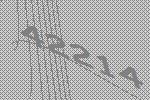
42214